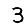
Digit: 3